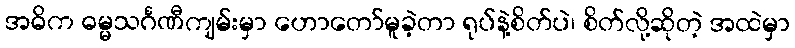
အဓိက ဓမ္မသင်္ဂဏီကျမ်းမှာ ဟောတော်မူခဲ့တာ ရုပ်နဲ့စိတ်ပဲ၊ စိတ်လို့ဆိုတဲ့ အထဲမှာ